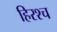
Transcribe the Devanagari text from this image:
हिरश्च